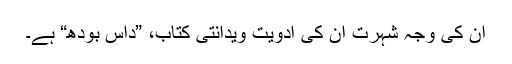
ان کی وجہ شہرت ان کی ادویت ویدانتی کتاب، ”داس بودھ“ ہے۔